Rangoon Lunatic Asylum 1893-1897 - 1893-1897
Year: 1893
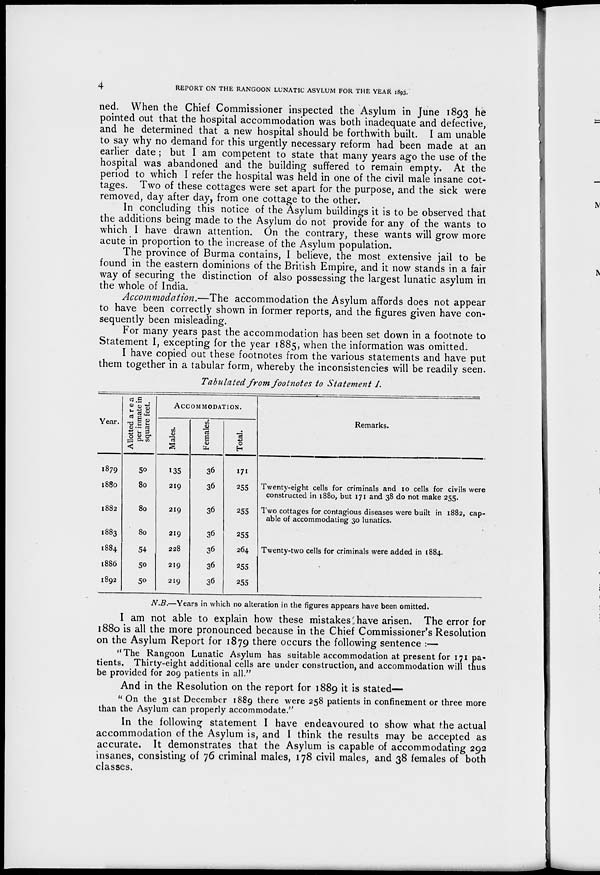
4
REPORT ON THE RANGOON LUNATIC ASYLUM FOR THE YEAR 1893.
ned. When the Chief Commissioner inspected the Asylum in June 1893 he
pointed out that the hospital accommodation was both inadequate and defective,
and he determined that a new hospital should be forthwith built. I am unable
to say why no demand for this urgently necessary reform had been made at an
earlier date ; but I am competent to state that many years ago the use of the
hospital was abandoned and the building suffered to remain empty. At the
period to which I refer the hospital was held in one of the civil male insane cot-
tages. Two of these cottages were set apart for the purpose, and the sick were
removed, day after day, from one cottage to the other.
In concluding this notice of the Asylum buildings it is to be observed that
the additions being made to the Asylum do not provide for any of the wants to
which I have drawn attention. On the contrary, these wants will grow more
acute in proportion to the increase of the Asylum population.
The province of Burma contains, I believe, the most extensive jail to be
found in the eastern dominions of the British Empire, and it now stands in a fair
way of securing the distinction of also possessing the largest lunatic asylum in
the whole of India.
Accommodation.—The accommodation the Asylum affords does not appear
to have been correctly shown in former reports, and the figures given have con-
sequently been misleading.
For many years past the accommodation has been set down in a footnote to
Statement I, excepting for the year 1885, when the information was omitted.
I have copied out these footnotes from the various statements and have put
them together in a tabular form, whereby the inconsistencies will be readily seen.
Tabulated from footnotes to Statement I.
Year.
1879
1880
1882
1883
1884
1886
1892
Allotted area
per inmate in
square feet.
50
80
80
80
54
50
50
ACCOMMODATION.
Males.
135
219
219
219
228
219
219
Females.
36
36
36
36
36
36
36
Total.
171
255
255
255
264
255
255
Remarks.
Twenty-eight cells for criminals and 10 cells for civils were
constructed in 1880, but 171 and 38 do not make 255.
Two cottages for contagious diseases were built in 1882, cap-
able of accommodating 30 lunatics.
Twenty-two cells for criminals were added in 1884.
N.B.—Years in which no alteration in the figures appears have been omitted.
I am not able to explain how these mistakes have arisen. The error for
1880 is all the more pronounced because in the Chief Commissioner's Resolution
on the Asylum Report for 1879 there occurs the following sentence :—
"The Rangoon Lunatic Asylum has suitable accommodation at present for 171 pa-
tients. Thirty-eight additional cells are under construction, and accommodation will thus
be provided for 209 patients in all."
And in the Resolution on the report for 1889 it is stated—
" On the 31st December 1889 there were 258 patients in confinement or three more
than the Asylum can properly accommodate."
In the following statement I have endeavoured to show what the actual
accommodation of the Asylum is, and I think the results may be accepted as
accurate. It demonstrates that the Asylum is capable of accommodating 292
insanes, consisting of 76 criminal males, 178 civil males, and 38 females of both
classes.